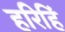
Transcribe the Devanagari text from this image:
हरिहिं